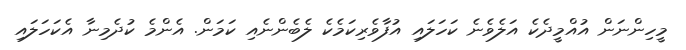
މީހިންނަން އުއްމީދެކެ އަލެވެނެ ކަހަލައި އުފާވެރިކަމެކެ ލެބެންނެއި ކަމަން. އެންމެ ކުދެމިނާ އެކަހަލައި